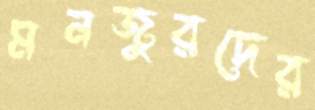
মনজুরদের